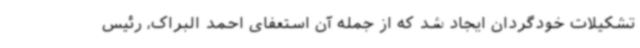
تشکیلات خودگردان ایجاد شد که از جمله آن استعفای احمد البراک، رئیس